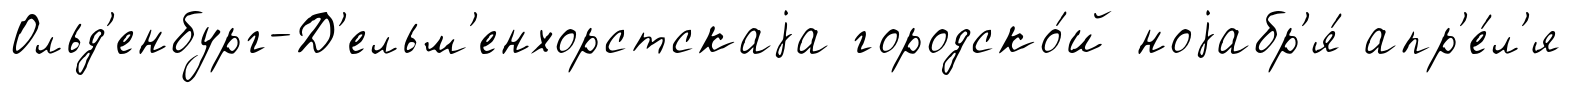
Ольд'енбург-Д'ельм'енхорстскаjа городско́й ноjабр'я́ апр'е́л'я